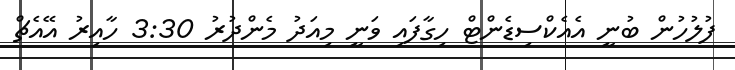
ފުލުހުން ބުނީ އެއެކްސިޑެންޓް ހިގާފައި ވަނީ މިއަދު މެންދުރު 3:30 ހާއިރު އޭއެޗް